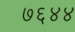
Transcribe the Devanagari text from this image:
७६४४